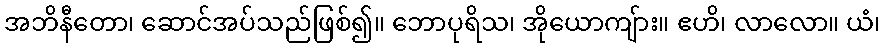
အဘိနီတော၊ ဆောင်အပ်သည်ဖြစ်၍။ ဘောပုရိသ၊ အိုယောကျ်ား။ ဧဟိ၊ လာလော။ ယံ၊